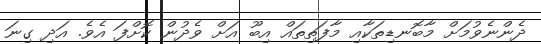
ދެންނެވުމަށް މާބޮނޑިތަކާއި މާފަތިތައް އިބޫ އަށް ވެދުން ކޮށްފަ އެވެ. އަދި ގިނަ